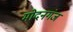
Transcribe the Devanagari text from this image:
मोदनगंज